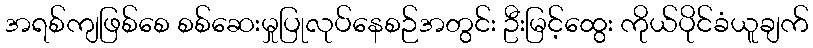
အရစ်ကျဖြစ်စေ စစ်ဆေးမှုပြုလုပ်နေစဉ်အတွင်း ဦးမြင့်ထွေး ကိုယ်ပိုင်ခံယူချက်